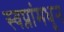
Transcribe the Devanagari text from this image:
स्वप्नांमधून